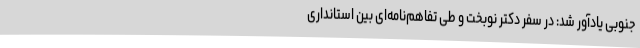
جنوبی یادآور شد: در سفر دکتر نوبخت و طی تفاهم‌نامه‌ای بین استانداری